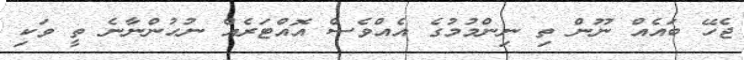
ޖެހޭ ބައެއް ނޫން ތި ނިންމުމުގެ އެއްވެސް އޮއްޓަރެއް ނުހުންނާނެ ތީ ވަކި